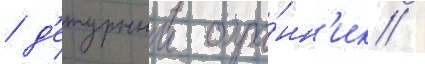
/ д'ежурныи охра́нн'ик /